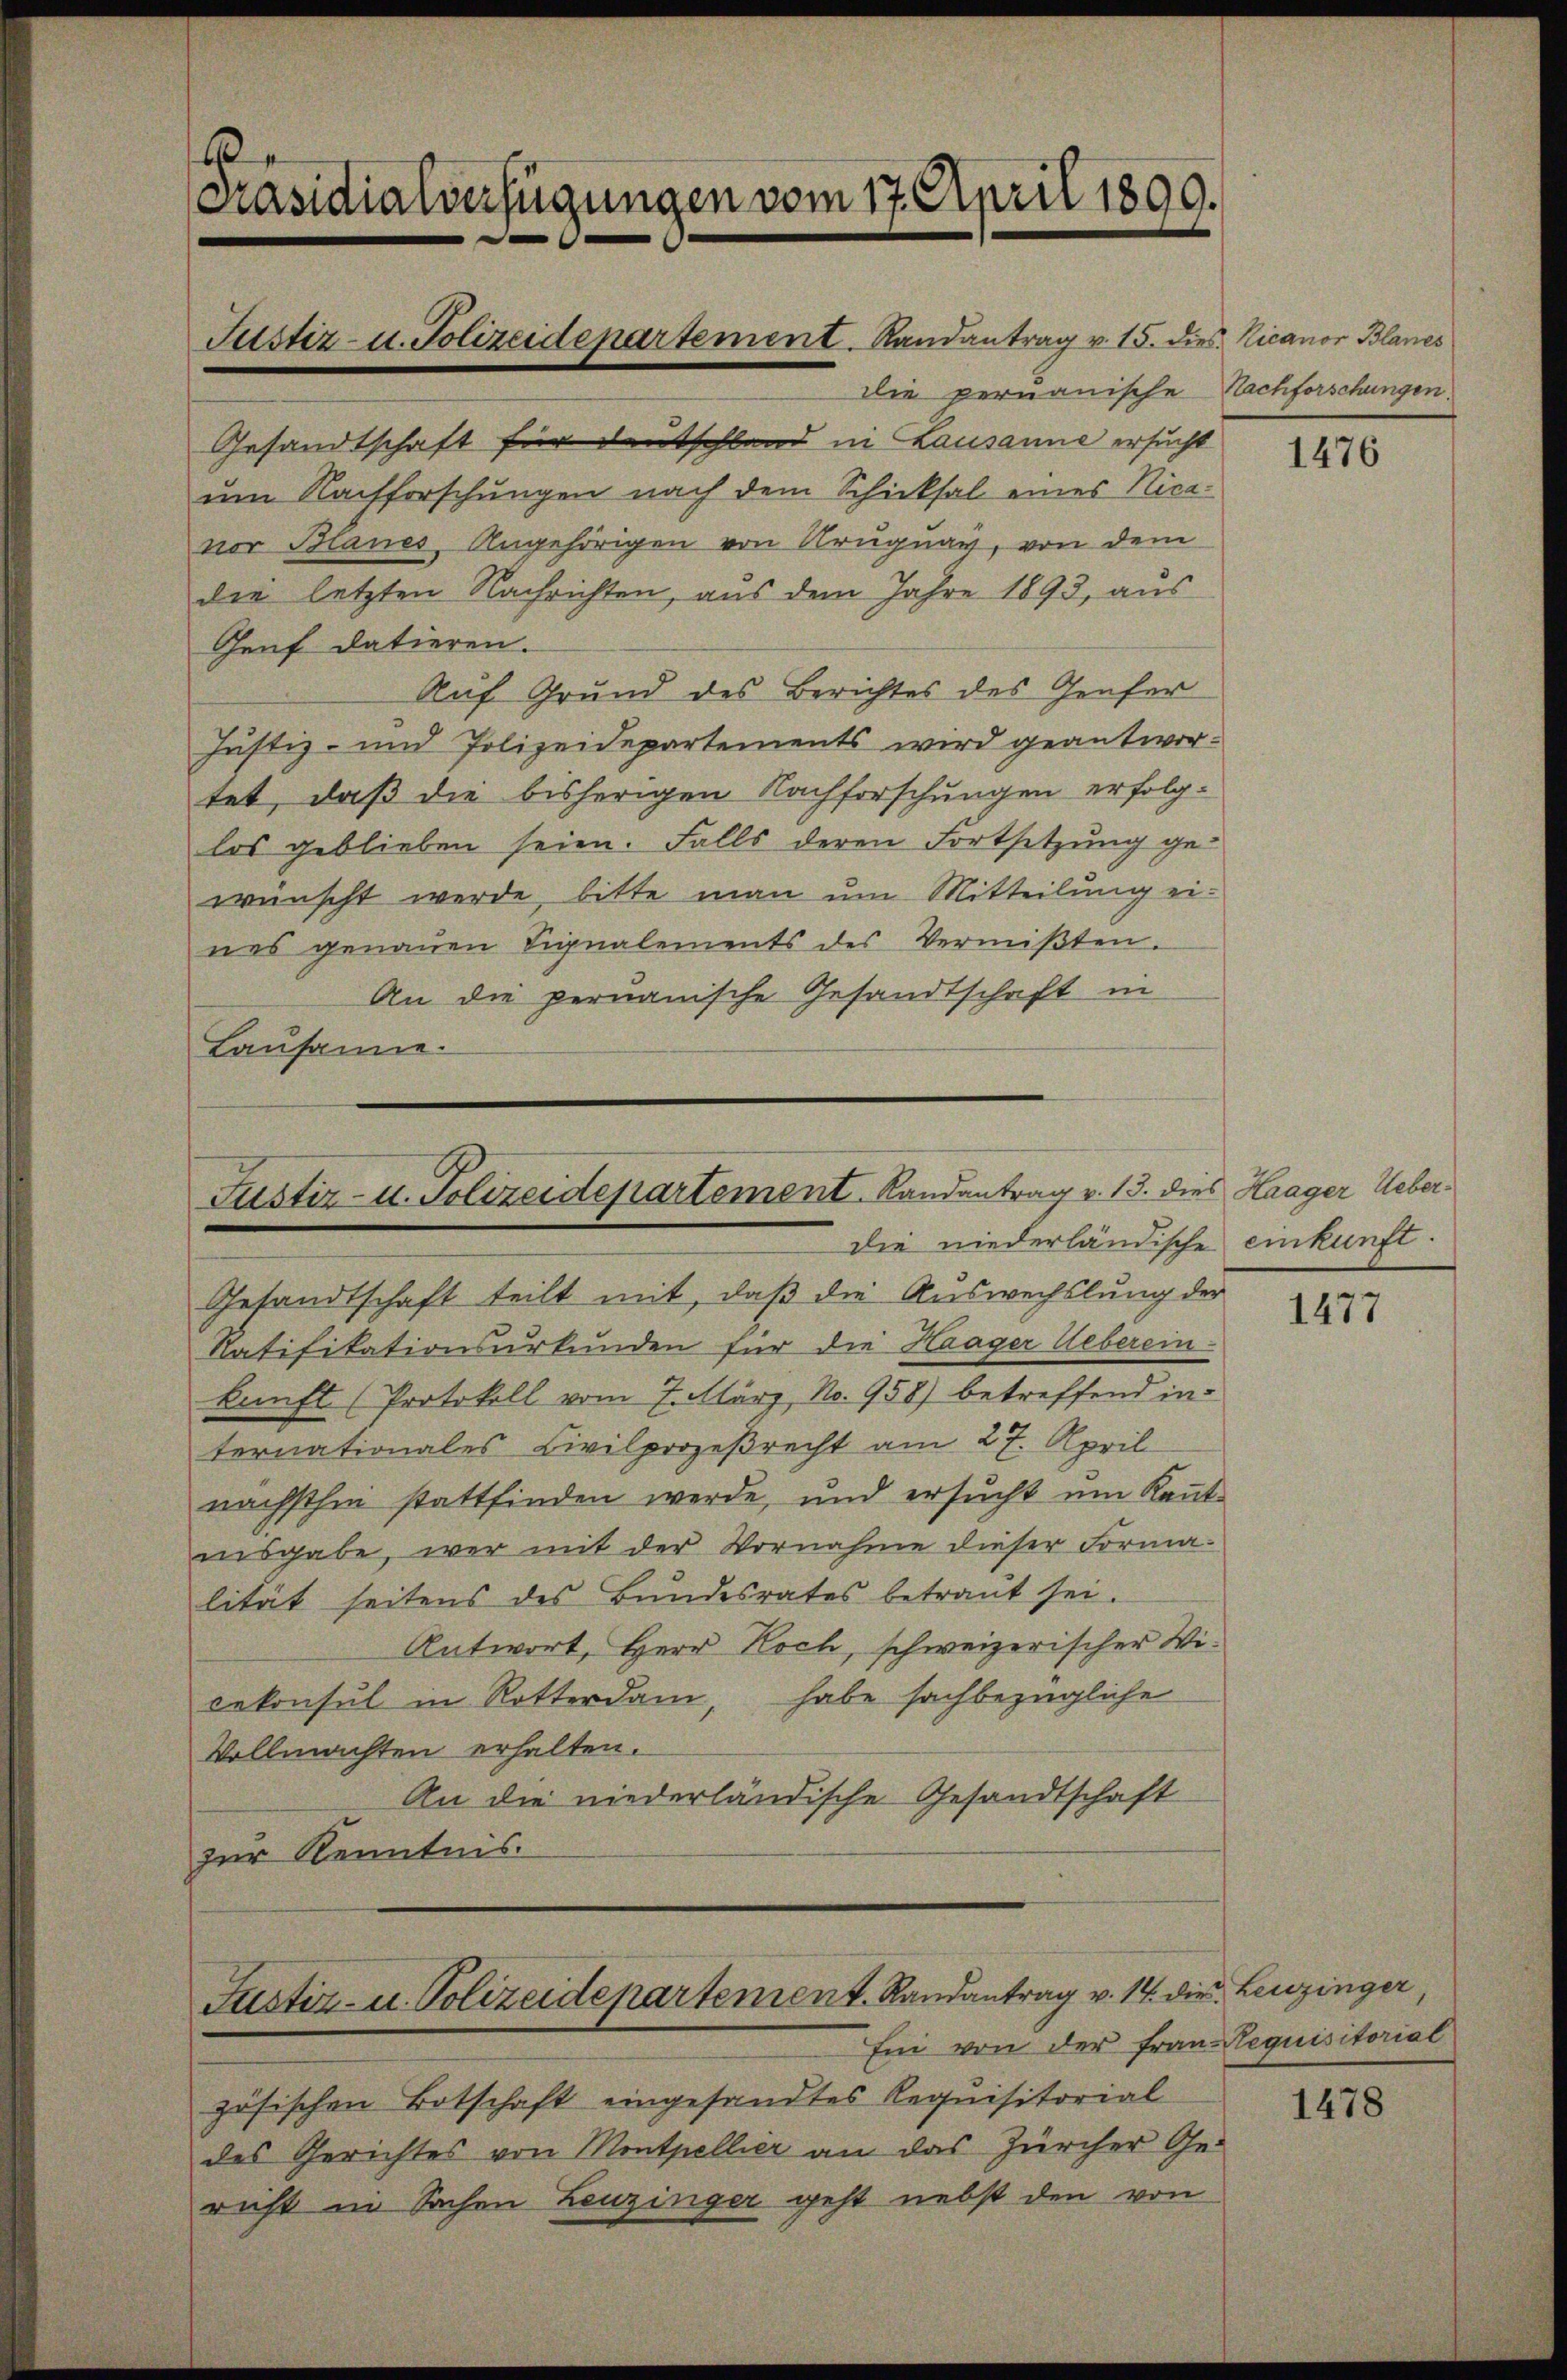
.
Präsidialverfügungen vom 17. April 1899.

die peruanische Nachforschungen.
Gesandtschaft für Deutschland in Lausanne ersucht
um Nachforschungen nach dem Schicksal eines Nicavor Blanes Angehörigen von Kruguay, von dem
die letzten Nachrichten, aus dem Jahre 1893, aus
Genf datieren.
Auf Grund des Berichtes des Genfer
Justiz- und Polizeidepartements wird geantwortet, daß die bisherigen Nachforschungen erfolglos geblieben seien. Falls deren Fortsetzung gewünscht werde, bitte man um Mitteilung ei-
nes genaŭen Signalements des Vermißten.
An die peruanische Gesandtschaft in
Lausanne.

Justiz- u. Polizeidepartement. Randantrag v. 15. dies Nicanor Blanes

Justiz- u. Polizeidepartement. Randantrag v. 13. dies Haager Ueberdie niederländische einkunft.

Justiz- u. Polizeidepartement. Randantrag v. 14. die Leuzinger,
Ei von der Frau-Requisitorial

Gesandtschaft teilt mit, daß die Auswechslung der
Ratifikationsurkunden für die Haager Ueberein-
kunft (Protokoll vom 7. März, No. 958) betreffend in
ternationales Civilprozeßrecht am 27. April
nächsthin stattfinden werde, und ersucht um Kant
insgabe, wer mit der Vornahme dieser Forma-
lität seitens des Bundesrates betraut sei.
Antwort, Herr Koch, schweizerischer Wicekonsul in Rotterdam, habe sachbezügliche
Vollmachten erhalten.
An die niederländische Gesandtschaft
zur Kenntnis.

zösischen Botschaft eingesandtes Requisitorial
des Gerichtes von Montpellier an das Zürcher Ge-
richt in Sachen Leuzinger geht nebst den von

1476

1477

1478